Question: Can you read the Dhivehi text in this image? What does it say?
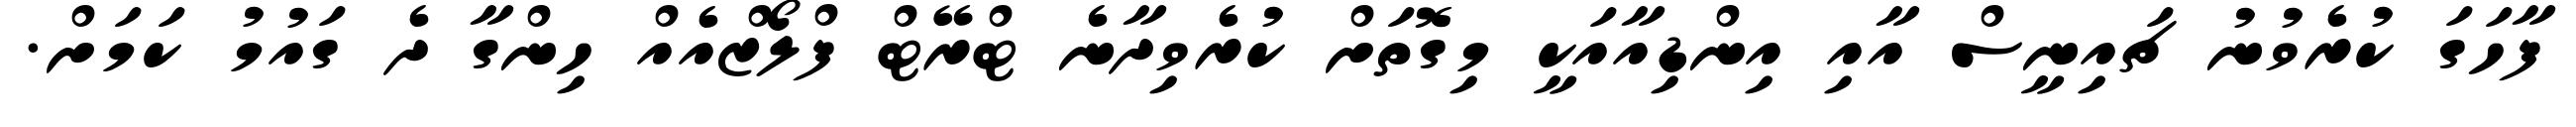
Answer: ފާހަގަ ކުރެވުނު ޗައިނީސް އާއި އިންޑިއާއަކީ މިގޮތަށް ކުރެވިދާނެ ޓްރޭޓް ފްލޯޒްއެއް ހިންގާ ދެ ގައުމު ކަމަށް.